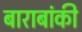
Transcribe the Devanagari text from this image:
बाराबांकी